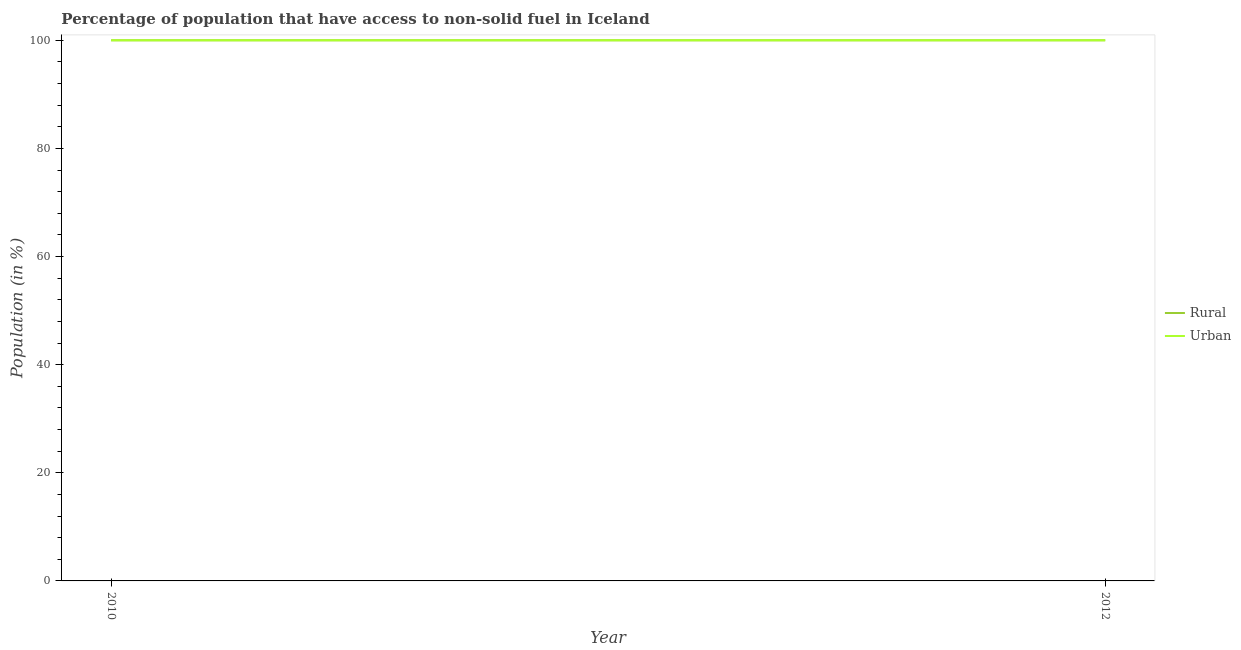
| Year | Rural | Urban |
 | --- | --- | --- |
 | 2010 | 100 | 100 |
 | 2012 | 100 | 100 |